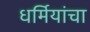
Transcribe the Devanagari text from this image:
धर्मियांचा